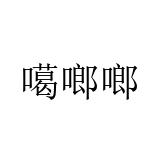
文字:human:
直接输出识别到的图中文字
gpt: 噶啷啷